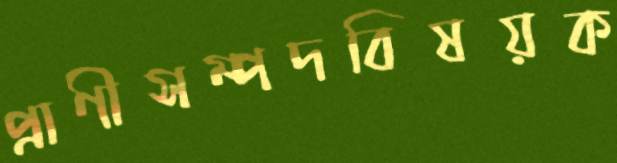
প্রাণীসম্পদবিষয়ক